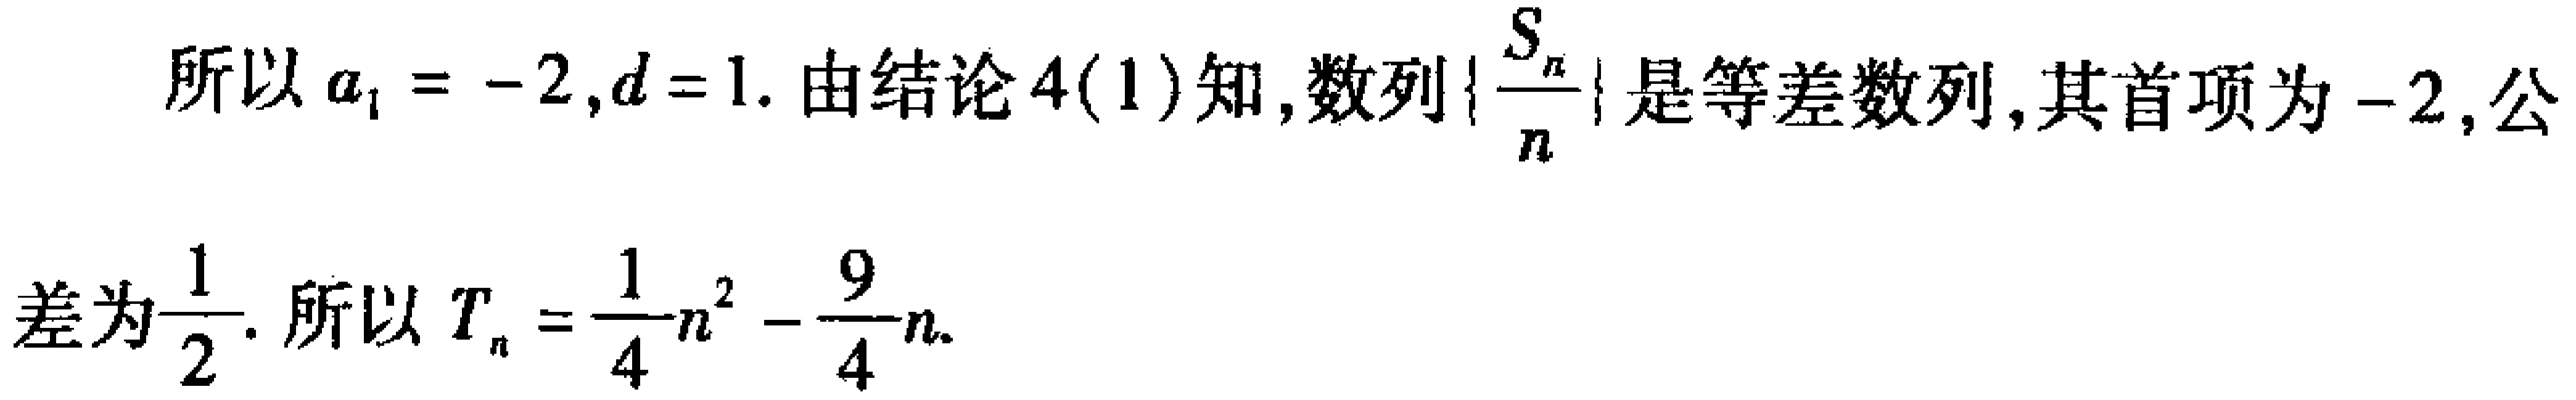
所以\(a_{1} = -2,d = 1\). 由结论4(1)知,数列\(\left\{\frac{S_{n}}{n}\right\}\)是等差数列,其首项为\(-2\),公
差为\(\frac{1}{2}\). 所以\(T_{n}=\frac{1}{4}n^{2}-\frac{9}{4}n\).